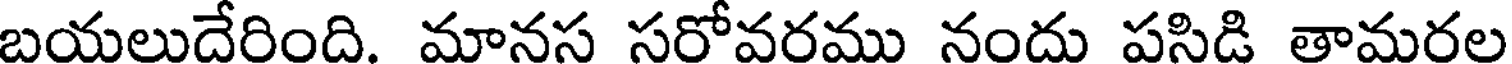
బయలుదేరింది. మానస సరోవరము నందు పసిడి తామరల